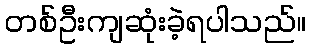
တစ်ဦးကျဆုံးခဲ့ရပါသည်။